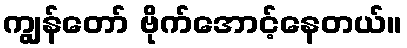
ကျွန်တော် ဗိုက်အောင့်နေတယ်။